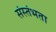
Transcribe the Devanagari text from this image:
संस्तंभता